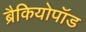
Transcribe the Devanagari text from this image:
ब्रैकियोपॉड